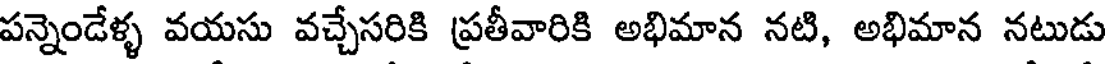
పన్నెండేళ్ళ వయసు వచ్చేసరికి ప్రతీవారికి అభిమాన నటి, అభిమాన నటుడు